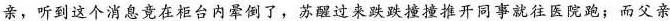
亲，听到这个消息竟在柜台内晕倒了，苏醒过来跌跌撞撞推开同事就往医院跑；而父亲